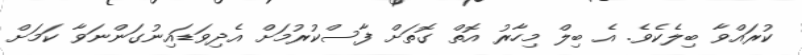
ކުރައްވާ ބިލެކެވެ. އެ ބިލް މިހާރު އޮތް ގޮތަށް ފާސްކުރުމަށް އެދިވަޑައިނުގަންނަވާ ކަމަށް